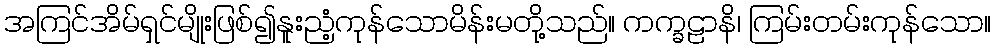
အကြင်အိမ်ရှင်မျိုးဖြစ်၍နူးညံ့ကုန်သောမိန်းမတို့သည်။ ကက္ခဠာနိ၊ ကြမ်းတမ်းကုန်သော။